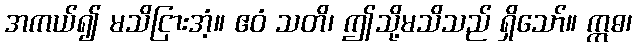
အကယ်၍ မသိငြားအံ့။ ဧဝံ သတိ၊ ဤသို့မသိသည် ရှိသော်။ ဣဓ၊